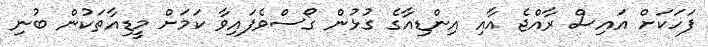
ފަހަކަށް އައިސް ރާއްޖެ އާއި އިންޑިއާގެ ގުޅުން ގޯސްވެފައިވާ ކަމަށް މީޑިއާތަކުން ބުނި